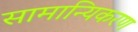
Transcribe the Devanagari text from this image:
सामान्यिकरण